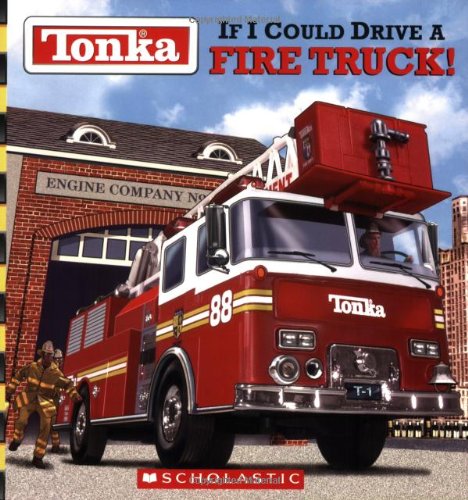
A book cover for Tonka: If I Could Drive A Fire Truck; Michael Teitelbaum; Children's Books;